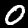
Label: 0